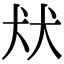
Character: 㹜